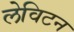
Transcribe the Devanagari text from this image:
लेविटन